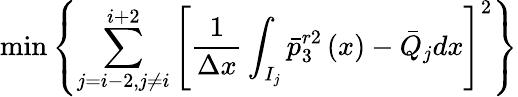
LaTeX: \operatorname*{min}\left\{ {{\sum_{j=i-2,j\ne i}^{i+2}{\left[\frac{1}{\Delta x}\int_{{{I}_{j}}}{\bar{p}_{3}^{r2}\left(x\right)-{{{\bar{Q}}}_{j}}dx}\right]}}^{2}}\right\}